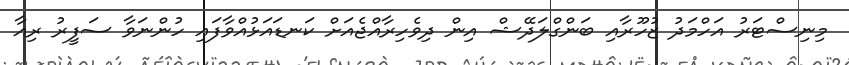
މިނިސްޓަރު އަހްމަދު ޒުހޫރާއި ބަންގްލަދޭޝް އިން ދިވެހިރާއްޖެއަށް ކަނޑައަޅުއްވާފައި ހުންނަވާ ސަފީރު ރިއާ